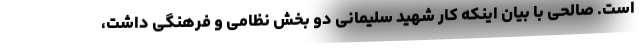
است. صالحی با بیان اینکه کار شهید سلیمانی دو بخش نظامی و فرهنگی داشت،